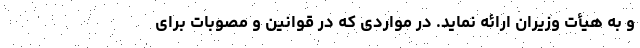
و به هیأت وزیران ارائه نماید. در مواردی که در قوانین و مصوبات برای